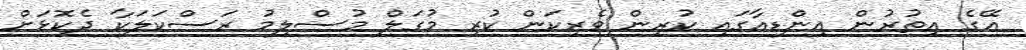
އޭގެ އިތުރުން އިންޑިއާގައި ކުރިން ވެރިކަން ކުރި މުގަލް މުސްލިމު ރަސްކަލަކާ ދެކޮޅަށް